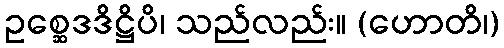
ဥစ္ဆေဒဒိဋ္ဌိပိ၊ သည်လည်း။ (ဟောတိ၊)